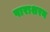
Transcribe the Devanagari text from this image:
पाराशरन